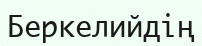
Беркелийдің